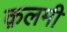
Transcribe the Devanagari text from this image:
क़लमी